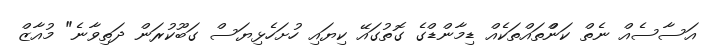
އަސާސެއް ނެތް ކަންްތައްތަކެއް ޑިމާންޑްގެ ގޮތުގައޭ ކިޔައި ހުށަހެޅިޔަސް ގަބޫކުރަން ދަތިވާނެ" މުއާޒް